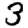
Digit: 3